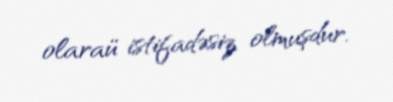
olaraü istifadəsiz olmuşdur.